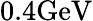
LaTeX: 0.4\mathrm{GeV}